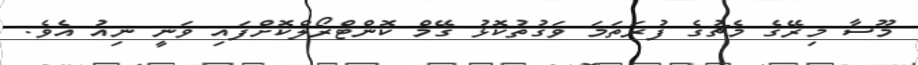
މޫސާ މިރޭގެ މެޗުގެ ފުރަތަމަ ވަގުތުކޮޅު ގޭމް ކޮންޓްރޯލްކޮށްފައި ވަނީ ނިއު އެވެ.